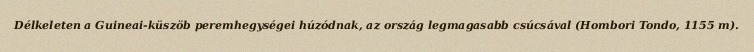
Délkeleten a Guineai-küszöb peremhegységei húzódnak, az ország legmagasabb csúcsával (Hombori Tondo, 1155 m).